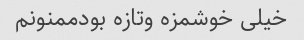
خیلی خوشمزه وتازه بودممنونم